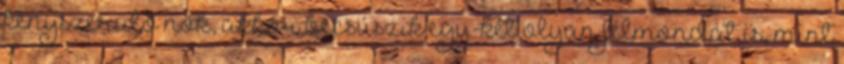
kényszerülő nők, akkor becsúszik egy-két olyan félmondat is, mint